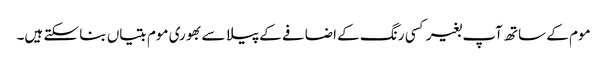
موم کے ساتھ آپ بغیر کسی رنگ کے اضافے کے پیلا سے بھوری موم بتیاں بنا سکتے ہیں۔